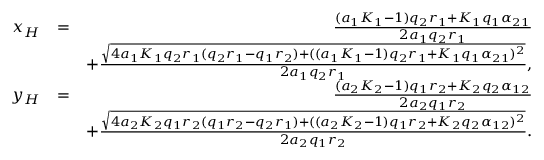
\begin{array} { r l r } { x _ { H } } & { = } & { \frac { ( a _ { 1 } K _ { 1 } - 1 ) q _ { 2 } r _ { 1 } + K _ { 1 } q _ { 1 } \alpha _ { 2 1 } } { 2 a _ { 1 } q _ { 2 } r _ { 1 } } } \\ & { } & { + \frac { \sqrt { 4 a _ { 1 } K _ { 1 } q _ { 2 } r _ { 1 } ( q _ { 2 } r _ { 1 } - q _ { 1 } r _ { 2 } ) + ( ( a _ { 1 } K _ { 1 } - 1 ) q _ { 2 } r _ { 1 } + K _ { 1 } q _ { 1 } \alpha _ { 2 1 } ) ^ { 2 } } } { 2 a _ { 1 } q _ { 2 } r _ { 1 } } , } \\ { y _ { H } } & { = } & { \frac { ( a _ { 2 } K _ { 2 } - 1 ) q _ { 1 } r _ { 2 } + K _ { 2 } q _ { 2 } \alpha _ { 1 2 } } { 2 a _ { 2 } q _ { 1 } r _ { 2 } } } \\ & { } & { + \frac { \sqrt { 4 a _ { 2 } K _ { 2 } q _ { 1 } r _ { 2 } ( q _ { 1 } r _ { 2 } - q _ { 2 } r _ { 1 } ) + ( ( a _ { 2 } K _ { 2 } - 1 ) q _ { 1 } r _ { 2 } + K _ { 2 } q _ { 2 } \alpha _ { 1 2 } ) ^ { 2 } } } { 2 a _ { 2 } q _ { 1 } r _ { 2 } } . } \end{array}